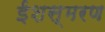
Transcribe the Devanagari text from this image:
ईशस्मरण